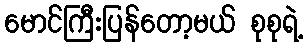
မောင်ကြီးပြန်တော့မယ် စုစုရဲ့